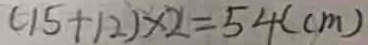
( 1 5 + 1 2 ) \times 2 = 5 4 ( c m )